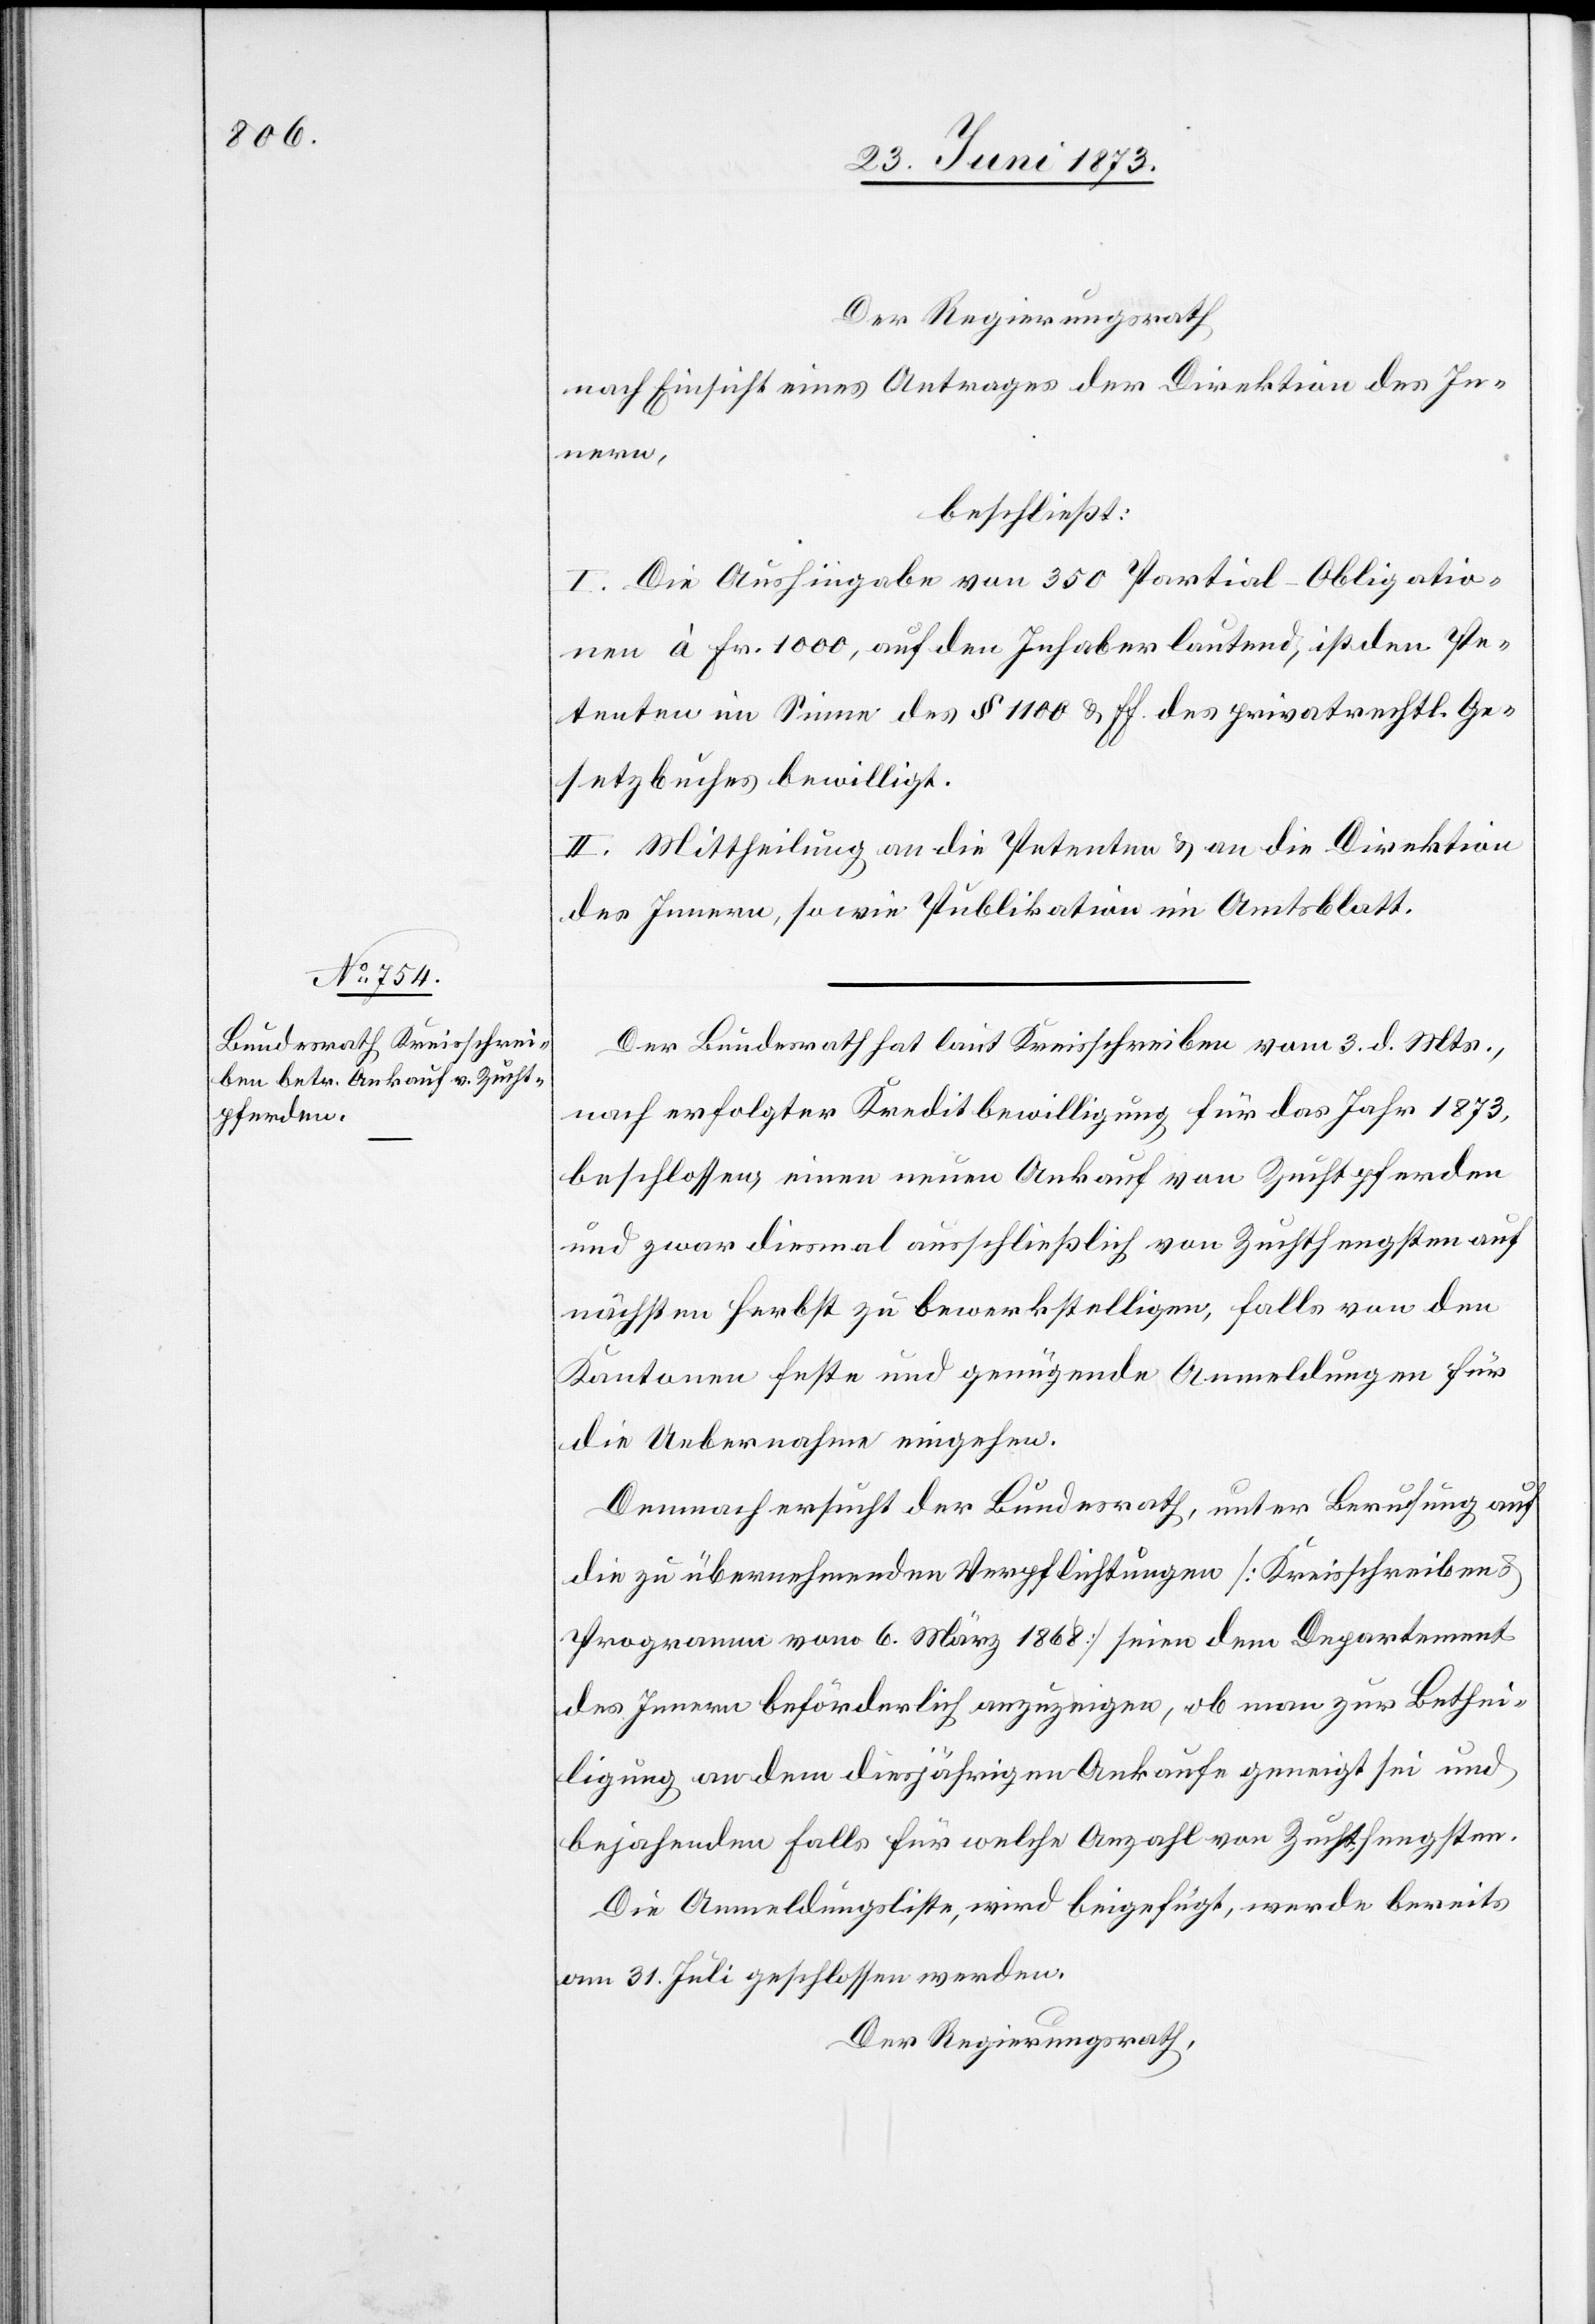
Der Regierungsrath
nach Einsicht eines Antrages der Direktion des In¬
nern,
beschließt:
I. Die Aushingabe von 350 Partial-Obligatio¬
nen à Fr. 1 000, auf den Inhaber lautend, ist den Pe¬
tenten im Sinne des § 1 100 & ff. des privatrechtl. Ge¬
setzbuches bewilligt.
II. Mittheilung an die Petenten & an die Direktion
des Innern, sowie Publikation im Amtsblatt.
Der Bundesrath hat laut Kreisschreiben vom 3. d. Mts.,
nach erfolgter Kreditbewilligung für das Jahr 1873,
beschlossen, einen neuen Ankauf von Zuchtpferden
und zwar diesmal ausschließlich von Zuchthengsten auf
nächsten Herbst zu bewerkstelligen, falls von den
Kantonen feste und genügende Anmeldungen für
die Uebernahme eingehen.
Demnach ersucht der Bundesrath, unter Berufung auf
die zu übernehmenden Verpflichtungen [Kreisschreiben &
Programm vom 6. März 1868] seien dem Departement
des Innern beförderlich anzuzeigen, ob man zur Bethei¬
ligung an dem diesjährigen Ankaufe geneigt sei und
bejahenden Falls für welche Anzahl von Zuchthengsten.
Die Anmeldungsliste, wird beigefügt, werde bereits
am 31. Juli geschlossen werden.
Der Regierungsrath,